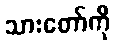
သားတော်ကို